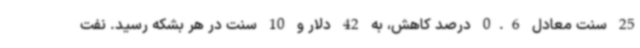
25 سنت معادل 0.6 درصد کاهش، به 42 دلار و 10 سنت در هر بشکه رسید. نفت